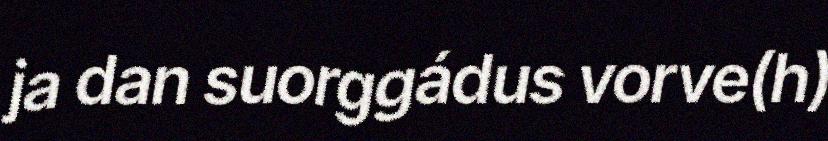
ja dan suorggádus vorve(h)